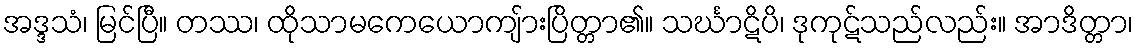
အဒ္ဒသံ၊ မြင်ပြီ။ တဿ၊ ထိုသာမကေယောကျ်ားပြိတ္တာ၏။ သင်္ဃာဋိပိ၊ ဒုကုဋ်သည်လည်း။ အာဒိတ္တာ၊